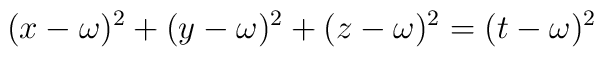
(x-\omega)^2+(y-\omega)^2+(z-\omega)^2=(t-\omega)^2